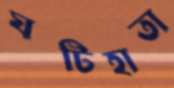
ঘটিহাতা